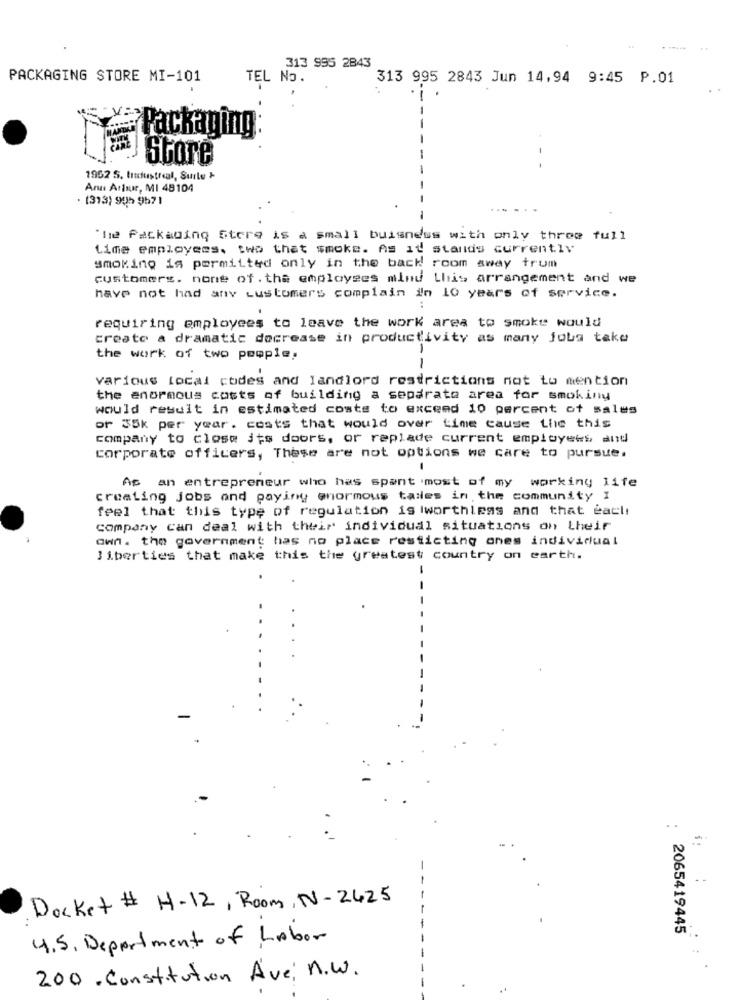
313 995 2843
PACKAGING STORE MI-101
TEL No.
313 995 2843 Jun 14,94 9:45 P.01
#Packaging
Store
1952 S. trdustreal, Surle +
Ana Artur, MI 48104
. (373) 995 9571
....
-
The Packaging Store is a small buisness with only three full
Lime employees. two that smoke. As it stands currently
smoking is permitted only in the back room away trum
customers. none of . the employees minu this arrangement and we
have not had any customers complain in 10 years of service.
requiring employees to leave the work area to smoke would
create a dramatic decrease in productivity as many jobs take
1
the work of two people,
various Local codes and landlord restrictions not to mention
the enormous costs of building a separate area for smokiny
would result in estimated costs to exceed 10 percent of sales
or 35k per year. costs that would over time cause the this
company to close its doors, or replade current employees and
corporate officers, These are not options we care to pursue.
As an entrepreneur who has spent most of my working life
creating jobs and payiny enormous tailes in the community I
feel that this type of regulation is iworthless and that eacli
company can deal with their individual situations on their
own. the government has no place resticting ones individual
liberties that make this the greatest country on earth.
-
. .
-
Docket # H-12, Room, N-2425
-
2065419445
4.5, Department of Labor
200. Constitution Ave; n.W.